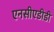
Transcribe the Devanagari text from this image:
एनसीएडीडी